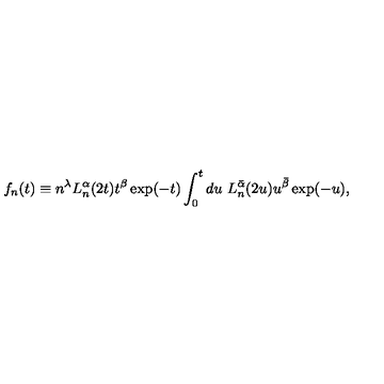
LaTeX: f _ { n } ( t ) \equiv n ^ { \lambda } L _ { n } ^ { \alpha } ( 2 t ) t ^ { \beta } \exp ( - t ) \int _ { 0 } ^ { t } d u \ L _ { n } ^ { \bar { \alpha } } ( 2 u ) u ^ { \bar { \beta } } \exp ( - u ) ,